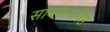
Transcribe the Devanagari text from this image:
सावकरनिष्ठ